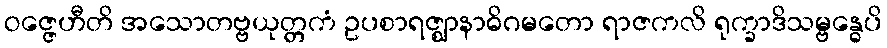
ဝဇ္ဇေဟီတိ အသောတဗ္ဗယုတ္တကံ ဥပစာရဇ္ဈာနာဓိဂမတော ရာဇကလိ ရုက္ခာဒိသမ္ဗန္ဓေပိ